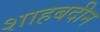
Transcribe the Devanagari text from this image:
शाहबदीन